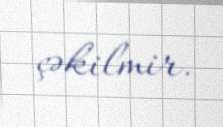
çəkilmir.